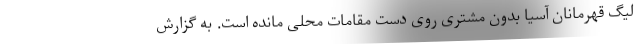
لیگ قهرمانان آسیا بدون مشتری روی دست مقامات محلی مانده است. به گزارش